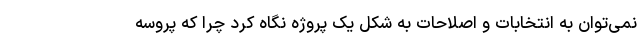
نمی‌توان به انتخابات و اصلاحات به شکل یک پروژه نگاه کرد چرا که پروسه